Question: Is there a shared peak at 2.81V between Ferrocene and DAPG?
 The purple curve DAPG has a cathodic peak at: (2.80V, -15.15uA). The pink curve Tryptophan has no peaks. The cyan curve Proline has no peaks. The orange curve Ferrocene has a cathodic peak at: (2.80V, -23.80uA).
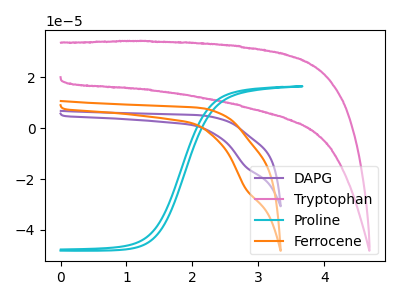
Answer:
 <answer>Yes, "Ferrocene" and "DAPG" share a peak at 2.81V.</answer>
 <eval>match</eval>